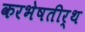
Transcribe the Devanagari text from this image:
करभेषतीर्थ